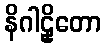
နိဂါဠှိတော